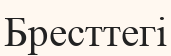
Бресттегі